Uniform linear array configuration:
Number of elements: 4
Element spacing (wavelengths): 1
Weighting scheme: kaiser
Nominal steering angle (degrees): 45
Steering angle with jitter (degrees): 45.667
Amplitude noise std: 0.05
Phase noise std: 0.05

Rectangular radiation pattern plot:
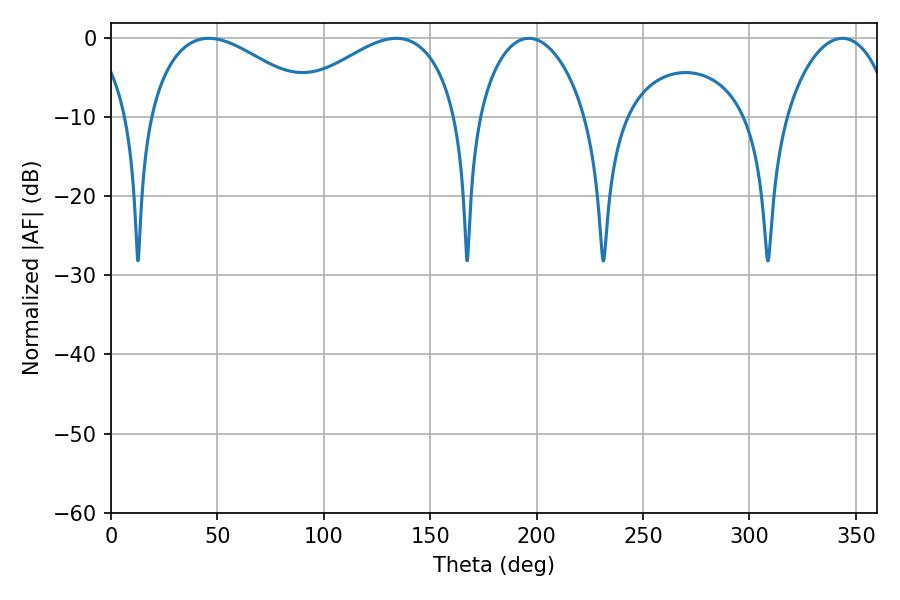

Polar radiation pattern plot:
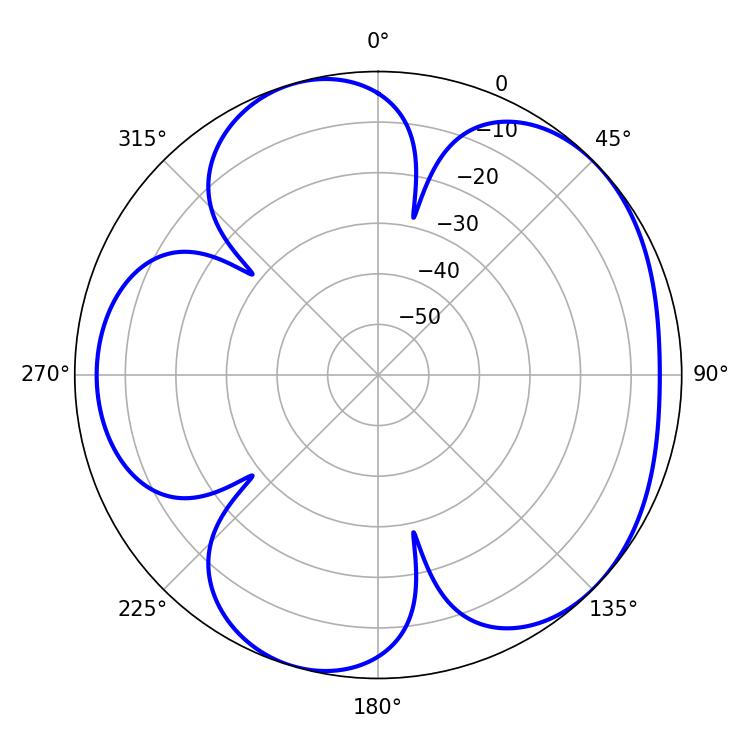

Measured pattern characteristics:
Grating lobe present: TRUE
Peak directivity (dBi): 4.908
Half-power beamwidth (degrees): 44.28
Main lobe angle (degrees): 45.9